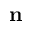
{ \bf n }